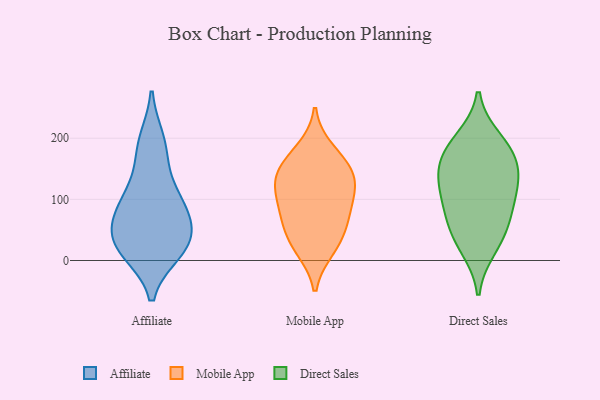
{"axis": {"x": "Satisfaction Score", "y": "Value"}, "legend": ["Affiliate", "Direct Sales", "Mobile App"], "data": [{"x": "", "y": 16, "type": "Affiliate"}, {"x": "", "y": 195, "type": "Affiliate"}, {"x": "", "y": 119, "type": "Affiliate"}, {"x": "", "y": 84, "type": "Affiliate"}, {"x": "", "y": 23, "type": "Affiliate"}, {"x": "", "y": 38, "type": "Affiliate"}, {"x": "", "y": 88, "type": "Affiliate"}, {"x": "", "y": 178, "type": "Affiliate"}, {"x": "", "y": 83, "type": "Affiliate"}, {"x": "", "y": 23, "type": "Affiliate"}, {"x": "", "y": 40, "type": "Affiliate"}, {"x": "", "y": 138, "type": "Mobile App"}, {"x": "", "y": 55, "type": "Mobile App"}, {"x": "", "y": 28, "type": "Mobile App"}, {"x": "", "y": 117, "type": "Mobile App"}, {"x": "", "y": 180, "type": "Mobile App"}, {"x": "", "y": 113, "type": "Mobile App"}, {"x": "", "y": 156, "type": "Mobile App"}, {"x": "", "y": 144, "type": "Mobile App"}, {"x": "", "y": 84, "type": "Mobile App"}, {"x": "", "y": 20, "type": "Mobile App"}, {"x": "", "y": 74, "type": "Mobile App"}, {"x": "", "y": 152, "type": "Direct Sales"}, {"x": "", "y": 137, "type": "Direct Sales"}, {"x": "", "y": 168, "type": "Direct Sales"}, {"x": "", "y": 98, "type": "Direct Sales"}, {"x": "", "y": 91, "type": "Direct Sales"}, {"x": "", "y": 60, "type": "Direct Sales"}, {"x": "", "y": 185, "type": "Direct Sales"}, {"x": "", "y": 198, "type": "Direct Sales"}, {"x": "", "y": 21, "type": "Direct Sales"}, {"x": "", "y": 125, "type": "Direct Sales"}, {"x": "", "y": 42, "type": "Direct Sales"}]}